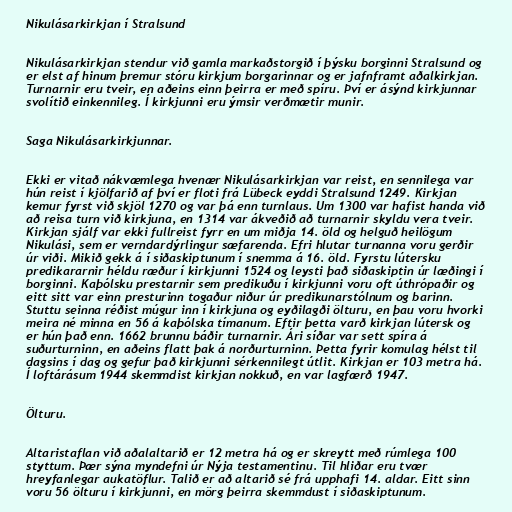
Nikulásarkirkjan í Stralsund

Nikulásarkirkjan stendur við gamla markaðstorgið í þýsku borginni Stralsund og
er elst af hinum þremur stóru kirkjum borgarinnar og er jafnframt aðalkirkjan.
Turnarnir eru tveir, en aðeins einn þeirra er með spíru. Því er ásýnd kirkjunnar
svolítið einkennileg. Í kirkjunni eru ýmsir verðmætir munir.

Saga Nikulásarkirkjunnar.

Ekki er vitað nákvæmlega hvenær Nikulásarkirkjan var reist, en sennilega var
hún reist í kjölfarið af því er floti frá Lübeck eyddi Stralsund 1249. Kirkjan
kemur fyrst við skjöl 1270 og var þá enn turnlaus. Um 1300 var hafist handa við
að reisa turn við kirkjuna, en 1314 var ákveðið að turnarnir skyldu vera tveir.
Kirkjan sjálf var ekki fullreist fyrr en um miðja 14. öld og helguð heilögum
Nikulási, sem er verndardýrlingur sæfarenda. Efri hlutar turnanna voru gerðir
úr viði. Mikið gekk á í siðaskiptunum í snemma á 16. öld. Fyrstu lútersku
predikararnir héldu ræður í kirkjunni 1524 og leysti það siðaskiptin úr læðingi í
borginni. Kaþólsku prestarnir sem predikuðu í kirkjunni voru oft úthrópaðir og
eitt sitt var einn presturinn togaður niður úr predikunarstólnum og barinn.
Stuttu seinna réðist múgur inn í kirkjuna og eyðilagði ölturu, en þau voru hvorki
meira né minna en 56 á kaþólska tímanum. Eftir þetta varð kirkjan lútersk og
er hún það enn. 1662 brunnu báðir turnarnir. Ári síðar var sett spíra á
suðurturninn, en aðeins flatt þak á norðurturninn. Þetta fyrir komulag hélst til
dagsins í dag og gefur það kirkjunni sérkennilegt útlit. Kirkjan er 103 metra há.
Í loftárásum 1944 skemmdist kirkjan nokkuð, en var lagfærð 1947.

Ölturu.

Altaristaflan við aðalaltarið er 12 metra há og er skreytt með rúmlega 100
styttum. Þær sýna myndefni úr Nýja testamentinu. Til hliðar eru tvær
hreyfanlegar aukatöflur. Talið er að altarið sé frá upphafi 14. aldar. Eitt sinn
voru 56 ölturu í kirkjunni, en mörg þeirra skemmdust í siðaskiptunum.